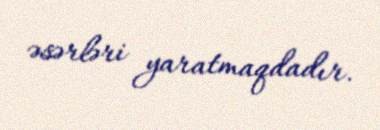
əsərləri yaratmaqdadır.